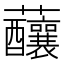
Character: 䖆